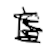
Text: is
Cross-out: scratch
Writing tool: digital_black